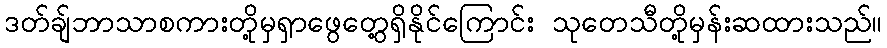
ဒတ်ချ်ဘာသာစကားတို့မှရှာဖွေတွေ့ရှိနိုင်ကြောင်း သုတေသီတို့မှန်းဆထားသည်။